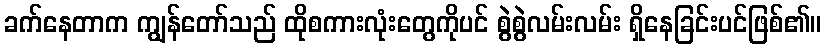
ခက်နေတာက ကျွန်တော်သည် ထိုစကားလုံးတွေကိုပင် စွဲစွဲလမ်းလမ်း ရှိနေခြင်းပင်ဖြစ်၏။